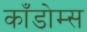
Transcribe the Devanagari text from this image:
काँडोम्स